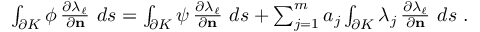
\begin{array} { r } { \int _ { \partial K } \phi \, \frac { \partial \lambda _ { \ell } } { \partial \mathbf { n } } ~ d s = \int _ { \partial K } \psi \, \frac { \partial \lambda _ { \ell } } { \partial \mathbf { n } } ~ d s + \sum _ { j = 1 } ^ { m } a _ { j } \int _ { \partial K } \lambda _ { j } \, \frac { \partial \lambda _ { \ell } } { \partial \mathbf { n } } ~ d s ~ . } \end{array}